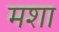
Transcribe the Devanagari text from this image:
मशा